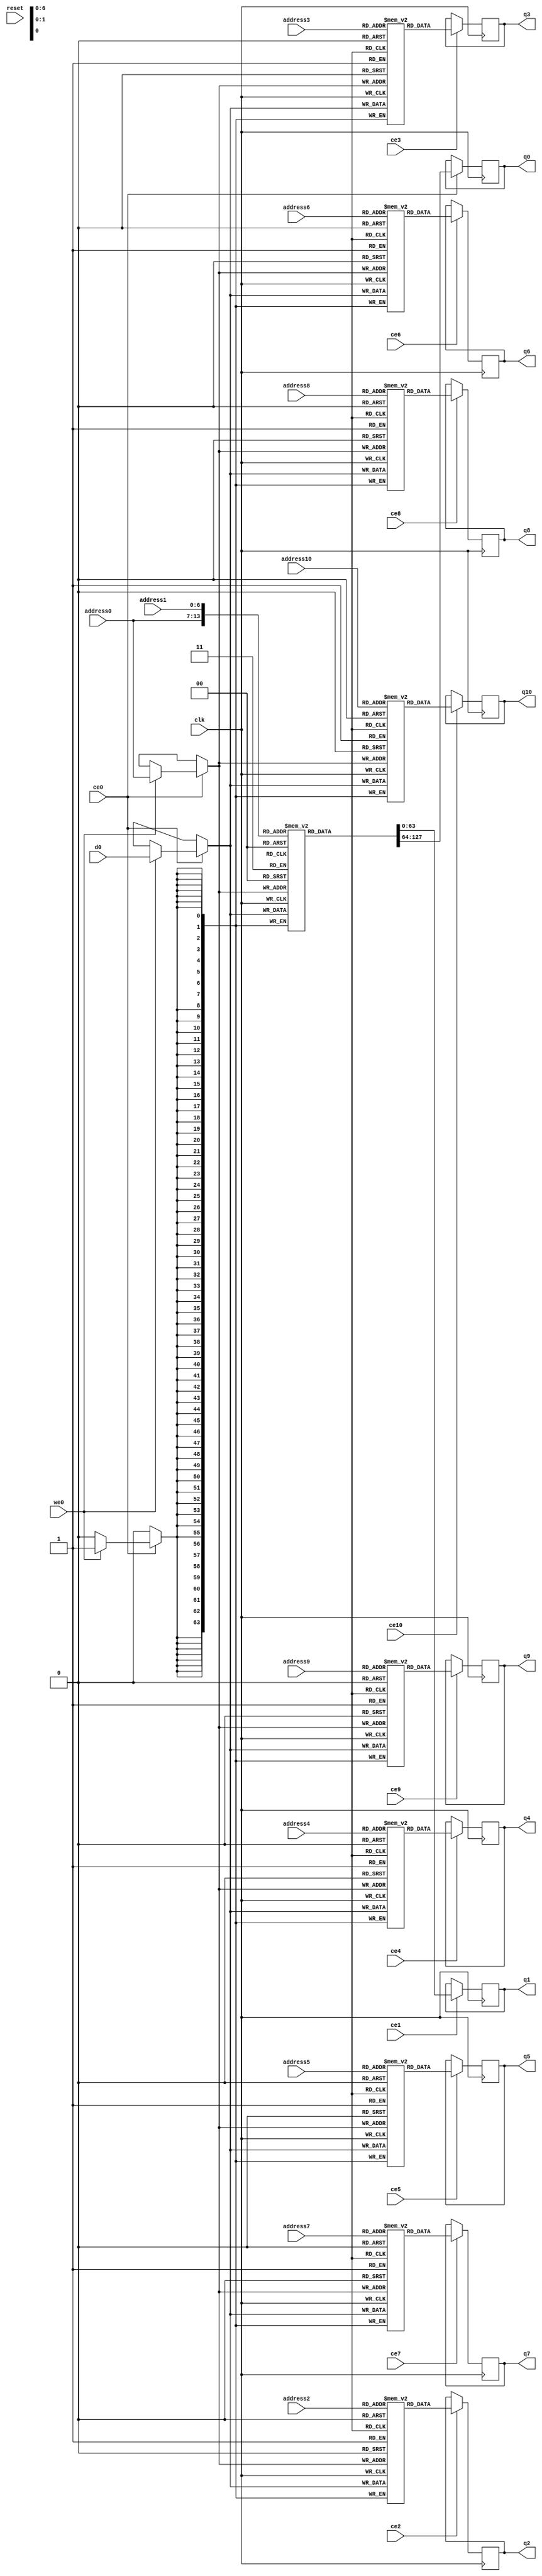
// ==============================================================
// Vitis HLS - High-Level Synthesis from C, C++ and OpenCL v2022.1 (64-bit)
// Tool Version Limit: 2022.04
// Copyright 1986-2022 Xilinx, Inc. All Rights Reserved.
// ==============================================================
`timescale 1 ns / 1 ps
module krnl_helm_compute_1_S_buf_RAM_1WNR_AUTO_1R1W (address0, ce0, d0, we0, q0, address1, ce1, q1, address2, ce2, q2, address3, ce3, q3, address4, ce4, q4, address5, ce5, q5, address6, ce6, q6, address7, ce7, q7, address8, ce8, q8, address9, ce9, q9, address10, ce10, q10,  reset, clk);

parameter DataWidth = 64;
parameter AddressWidth = 7;
parameter AddressRange = 121;

input[AddressWidth-1:0] address0;
input ce0;
input[DataWidth-1:0] d0;
input we0;
output reg[DataWidth-1:0] q0;
input[AddressWidth-1:0] address1;
input ce1;
output reg[DataWidth-1:0] q1;
input[AddressWidth-1:0] address2;
input ce2;
output reg[DataWidth-1:0] q2;
input[AddressWidth-1:0] address3;
input ce3;
output reg[DataWidth-1:0] q3;
input[AddressWidth-1:0] address4;
input ce4;
output reg[DataWidth-1:0] q4;
input[AddressWidth-1:0] address5;
input ce5;
output reg[DataWidth-1:0] q5;
input[AddressWidth-1:0] address6;
input ce6;
output reg[DataWidth-1:0] q6;
input[AddressWidth-1:0] address7;
input ce7;
output reg[DataWidth-1:0] q7;
input[AddressWidth-1:0] address8;
input ce8;
output reg[DataWidth-1:0] q8;
input[AddressWidth-1:0] address9;
input ce9;
output reg[DataWidth-1:0] q9;
input[AddressWidth-1:0] address10;
input ce10;
output reg[DataWidth-1:0] q10;
input reset;
input clk;

(* ram_style = "auto" *)reg [DataWidth-1:0] ram0[0:AddressRange-1];
(* ram_style = "auto" *)reg [DataWidth-1:0] ram1[0:AddressRange-1];
(* ram_style = "auto" *)reg [DataWidth-1:0] ram2[0:AddressRange-1];
(* ram_style = "auto" *)reg [DataWidth-1:0] ram3[0:AddressRange-1];
(* ram_style = "auto" *)reg [DataWidth-1:0] ram4[0:AddressRange-1];
(* ram_style = "auto" *)reg [DataWidth-1:0] ram5[0:AddressRange-1];
(* ram_style = "auto" *)reg [DataWidth-1:0] ram6[0:AddressRange-1];
(* ram_style = "auto" *)reg [DataWidth-1:0] ram7[0:AddressRange-1];
(* ram_style = "auto" *)reg [DataWidth-1:0] ram8[0:AddressRange-1];
(* ram_style = "auto" *)reg [DataWidth-1:0] ram9[0:AddressRange-1];



always @(posedge clk)  
begin 
    if (ce0) begin
        if (we0) 
            ram0[address0] <= d0; 
        q0 <= ram0[address0];
    end
end


always @(posedge clk)  
begin 
    if (ce1) begin
        q1 <= ram0[address1];
    end
end


always @(posedge clk)  
begin 
    if (ce0) begin
        if (we0) 
            ram1[address0] <= d0; 
    end
end

always @(posedge clk)  
begin 
    if (ce2) begin
        q2 <= ram1[address2];
    end
end


always @(posedge clk)  
begin 
    if (ce0) begin
        if (we0) 
            ram2[address0] <= d0; 
    end
end

always @(posedge clk)  
begin 
    if (ce3) begin
        q3 <= ram2[address3];
    end
end


always @(posedge clk)  
begin 
    if (ce0) begin
        if (we0) 
            ram3[address0] <= d0; 
    end
end

always @(posedge clk)  
begin 
    if (ce4) begin
        q4 <= ram3[address4];
    end
end


always @(posedge clk)  
begin 
    if (ce0) begin
        if (we0) 
            ram4[address0] <= d0; 
    end
end

always @(posedge clk)  
begin 
    if (ce5) begin
        q5 <= ram4[address5];
    end
end


always @(posedge clk)  
begin 
    if (ce0) begin
        if (we0) 
            ram5[address0] <= d0; 
    end
end

always @(posedge clk)  
begin 
    if (ce6) begin
        q6 <= ram5[address6];
    end
end


always @(posedge clk)  
begin 
    if (ce0) begin
        if (we0) 
            ram6[address0] <= d0; 
    end
end

always @(posedge clk)  
begin 
    if (ce7) begin
        q7 <= ram6[address7];
    end
end


always @(posedge clk)  
begin 
    if (ce0) begin
        if (we0) 
            ram7[address0] <= d0; 
    end
end

always @(posedge clk)  
begin 
    if (ce8) begin
        q8 <= ram7[address8];
    end
end


always @(posedge clk)  
begin 
    if (ce0) begin
        if (we0) 
            ram8[address0] <= d0; 
    end
end

always @(posedge clk)  
begin 
    if (ce9) begin
        q9 <= ram8[address9];
    end
end


always @(posedge clk)  
begin 
    if (ce0) begin
        if (we0) 
            ram9[address0] <= d0; 
    end
end

always @(posedge clk)  
begin 
    if (ce10) begin
        q10 <= ram9[address10];
    end
end


endmodule